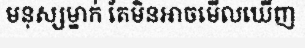
មនុស្សម្នាក់ តែមិនអាចមើលឃើញ